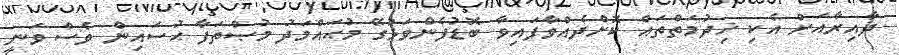
ދާއިރާއަށް އެކި ޚިދުމަތްތައް ކޮށްދެއްވާފައިވާ ބޮޑުފެންވަޅުގޭ މުޙައްމަދު މުޞްތަފާ ޙުސައިން ވެސް ވަނީ